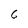
Character: 6